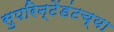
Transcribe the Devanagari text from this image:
सुपरिन्टेंडंटच्या